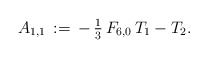
\begin{align*}A_{1,1}\,:=\,-\,\tfrac{1}{3}\,F_{6,0}\,T_1-T_2.\end{align*}